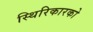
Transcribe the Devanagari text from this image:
स्थिरिकारको